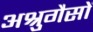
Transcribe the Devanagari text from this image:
अश्रुगैसों